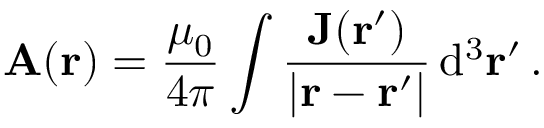
\mathbf { A } ( \mathbf { r } ) = { \frac { \mu _ { 0 } } { 4 \pi } } \int { \frac { \mathbf { J } ( \mathbf { r } ^ { \prime } ) } { | \mathbf { r } - \mathbf { r } ^ { \prime } | } } \, \mathrm { d } ^ { 3 } \mathbf { r } ^ { \prime } \, .